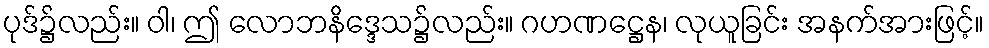
ပုဒ်၌လည်း။ ဝါ၊ ဤ လောဘနိဒ္ဒေသ၌လည်း။ ဂဟဏဋ္ဌေန၊ လုယူခြင်း အနက်အားဖြင့်။